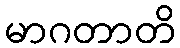
မာဂတာတိ